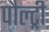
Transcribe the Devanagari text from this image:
पौल्ट्री